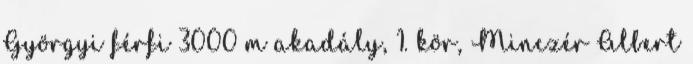
Györgyi férfi 3000 m akadály, 1. kör, Minczér Albert